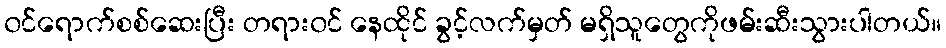
၀င်ရောက်စစ်ဆေးပြီး တရား၀င် နေထိုင် ခွင့်လက်မှတ် မရှိသူတွေကိုဖမ်းဆီးသွားပါတယ်။